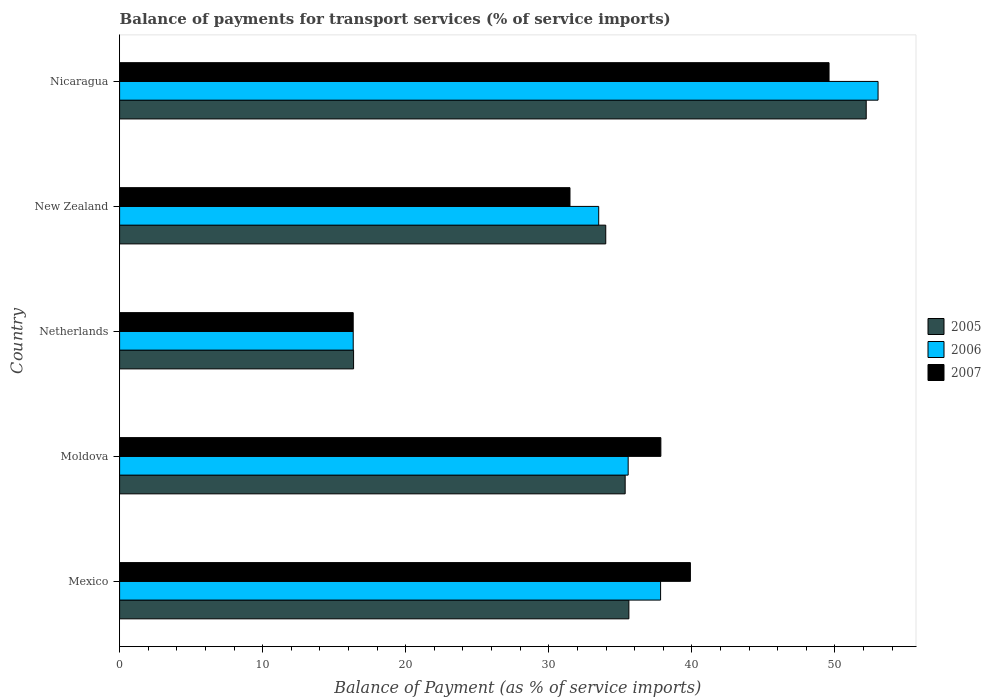
| Country | 2005 | 2006 | 2007 |
 | --- | --- | --- | --- |
 | Mexico | 35.6 | 37.8 | 39.9 |
 | Moldova | 35.3 | 35.5 | 37.8 |
 | Netherlands | 16.4 | 16.3 | 16.3 |
 | New Zealand | 34 | 33.5 | 31.5 |
 | Nicaragua | 52.2 | 53 | 49.6 |